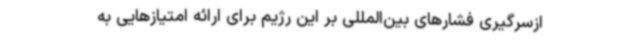
ازسرگیری فشارهای بین‌المللی بر این رژیم برای ارائه امتیازهایی به